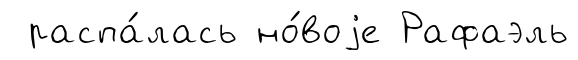
распа́лась но́воjе Рафаэль